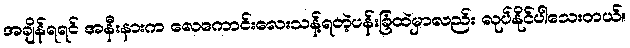
အချိန်ရရင် အနီးနားက လေကောင်းလေးသန့်ရတဲ့ပန်းခြံထဲမှာလည်း လုပ်နိုင်ပါသေးတယ်။